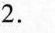
2.